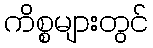
ကိစ္စများတွင်